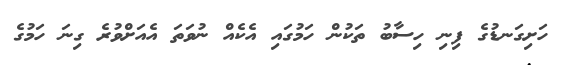
ހަށިގަނޑުގެ ފިނި ހިސާބު ތަކުން ހަމުގައި އެކެއް ނުވަތަ އެއަށްވުރެ ގިނަ ހަމުގެ